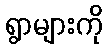
ရွာများကို